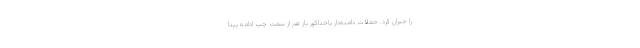
را جبران کرد. حملات دامنه‌دار پاختاکور باز هم از سمت چپ ادامه پیدا